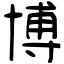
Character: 博